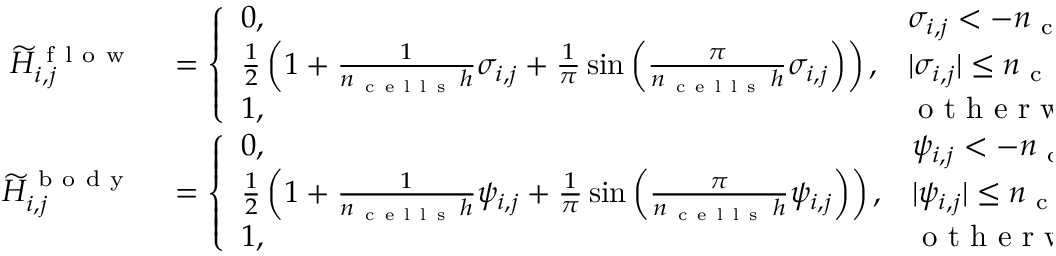
\begin{array} { r l } { \widetilde { H } _ { i , j } ^ { \mathrm { ~ f ~ l ~ o ~ w ~ } } } & { { } = \left\{ \begin{array} { l l } { 0 , } & { \sigma _ { i , j } < - n _ { \mathrm { ~ c ~ e ~ l ~ l ~ s ~ } } \, h , } \\ { \frac { 1 } { 2 } \left( 1 + \frac { 1 } { n _ { \mathrm { ~ c ~ e ~ l ~ l ~ s ~ } } \, h } \sigma _ { i , j } + \frac { 1 } { \pi } \sin \left( \frac { \pi } { n _ { \mathrm { ~ c ~ e ~ l ~ l ~ s ~ } } \, h } \sigma _ { i , j } \right) \right) , } & { | \sigma _ { i , j } | \le n _ { \mathrm { ~ c ~ e ~ l ~ l ~ s ~ } } \, h , } \\ { 1 , } & { \textrm { o t h e r w i s e } . } \end{array} \right. } \\ { \widetilde { H } _ { i , j } ^ { \mathrm { ~ b ~ o ~ d ~ y ~ } } } & { { } = \left\{ \begin{array} { l l } { 0 , } & { \psi _ { i , j } < - n _ { \mathrm { ~ c ~ e ~ l ~ l ~ s ~ } } \, h , } \\ { \frac { 1 } { 2 } \left( 1 + \frac { 1 } { n _ { \mathrm { ~ c ~ e ~ l ~ l ~ s ~ } } \, h } \psi _ { i , j } + \frac { 1 } { \pi } \sin \left( \frac { \pi } { n _ { \mathrm { ~ c ~ e ~ l ~ l ~ s ~ } } \, h } \psi _ { i , j } \right) \right) , } & { | \psi _ { i , j } | \le n _ { \mathrm { ~ c ~ e ~ l ~ l ~ s ~ } } \, h , } \\ { 1 , } & { \textrm { o t h e r w i s e } . } \end{array} \right. } \end{array}